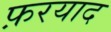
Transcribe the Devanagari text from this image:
फ़रयाद